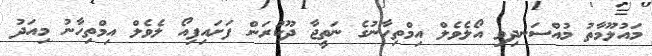
މައުލޫމާތު މުއްސަނދިވި އޯލެވެލް އިމްތިހާނުގެ ނަތީޖާ ދޫކުރަން ފަށައިފިއޯ ލެވެލް އިމްތިހާނު މިއަދު